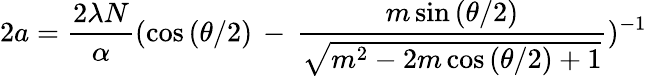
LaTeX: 2a=\frac{2\lambda N}{\alpha}(\cos{(\theta/2)}\, -\, \frac{m\sin{(\theta/2)}}{\sqrt{m^{2}-2m\cos{(\theta/2)}+1}})^{-1}